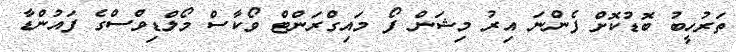
ތަރުހީބު ބޮޑުކޮށް ފެންނަ އިރު މިޝަން ފޯ މައިގްރަންޓް ވޯކާސް މޯލްޑިވްސްގެ ފައުންޑާ